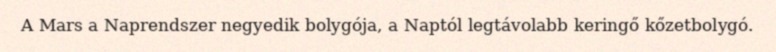
A Mars a Naprendszer negyedik bolygója, a Naptól legtávolabb keringő kőzetbolygó.